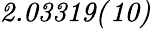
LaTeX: \mathit{2.03319(10)}